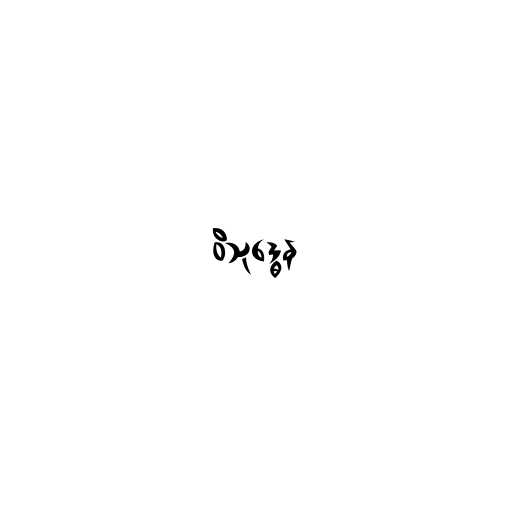
ဝိသုဒ္ဓေန